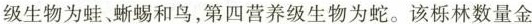
级生物为蛙、蜥蜴和鸟，第四营养级生物为蛇。该栎林数量金